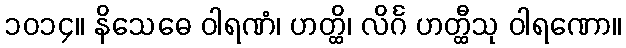
၁၀၁၄။ နိသေဓေ ဝါရဏံ၊ ဟတ္ထိ၊ လိင်္ဂ ဟတ္ထီသု ဝါရဏော။